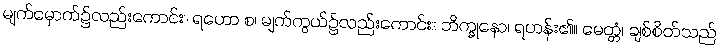
မျက်မှောက်၌လည်းကောင်း။ ရဟော စ၊ မျက်ကွယ်၌လည်းကောင်း။ ဘိက္ခုနော၊ ရဟန်း၏။ မေတ္တံ၊ ချစ်စိတ်သည်